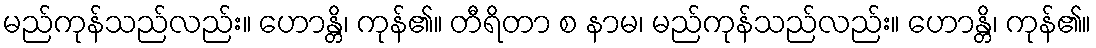
မည်ကုန်သည်လည်း။ ဟောန္တိ၊ ကုန်၏။ တီရိတာ စ နာမ၊ မည်ကုန်သည်လည်း။ ဟောန္တိ၊ ကုန်၏။